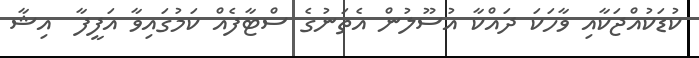
ކުޑަކުއްޖަކާއި ވާހަކަ ދައްކާ އުސޫލުން އެތަނުގެ ސްޓާފެއް ކަމުގައިވާ އަފީފާ  އިޝާ